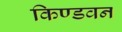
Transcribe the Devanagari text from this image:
किण्डवन